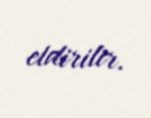
etdirilir.